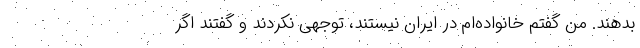
بدهند. من گفتم خانواده‌ام در ایران نیستند، توجهی نکردند و گفتند اگر